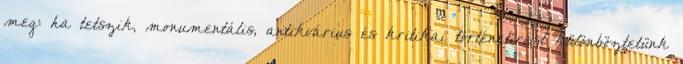
meg: ha tetszik, monumentális, antikvárius és kritikai történetírást különböztetünk